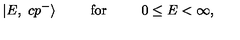
| E , \ c p ^ { - } \rangle \phantom { 0 0 0 0 0 } \mathrm { f o r } \phantom { 0 0 0 0 0 } 0 \leq E < \infty ,